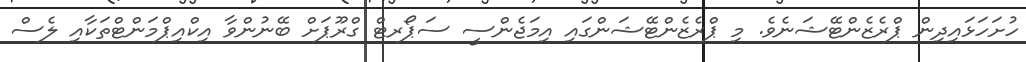
ހުށަހަޅައިދިން ޕްރެޒެންޓޭޝަނެވެ. މި ޕްރެޒެންޓޭޝަންގައި އިމަޖެންސީ ސަޕޯރޓް ގްރޫޕަށް ބޭނުންވާ އިކްއިޕްމަންޓްތަކާއި ލެސް